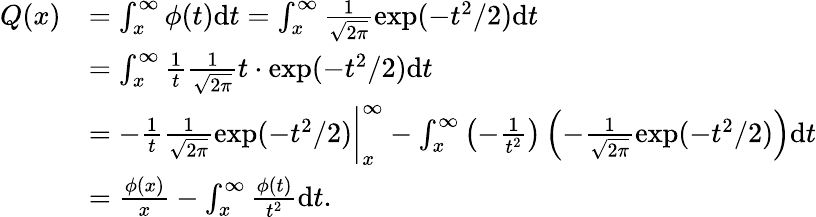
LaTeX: \begin{array}{rl}{Q(x)}&{=\int_{x}^{\infty}\phi(t)\mathrm dt=\int_{x}^{\infty}\frac{1}{\sqrt{2\pi}}\exp(-t^{2}/2)\mathrm dt}\\ &{=\int_{x}^{\infty}\frac{1}{t}\frac{1}{\sqrt{2\pi}}t\cdot\exp(-t^{2}/2)\mathrm dt}\\ &{=-\frac{1}{t}\frac{1}{\sqrt{2\pi}}\exp(-t^{2}/2)\biggr\vert_{x}^{\infty}-\int_{x}^{\infty}\left(-\frac{1}{t^{2}}\right)\left(-\frac{1}{\sqrt{2\pi}}\exp(-t^{2}/2)\right)\mathrm dt}\\ &{=\frac{\phi(x)}{x}-\int_{x}^{\infty}\frac{\phi(t)}{t^{2}}\mathrm dt.}\end{array}